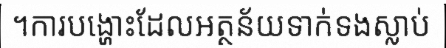
។ការបង្ហោះដែលអត្ថន័យទាក់ទងស្លាប់